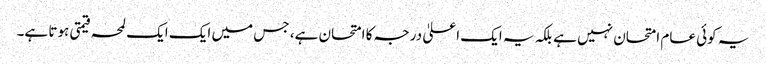
یہ کوئی عام امتحان نہیں ہے بلکہ یہ ایک اعلیٰ درجہ کا امتحان ہے، جس میں ایک ایک لمحہ قیمتی ہوتا ہے۔